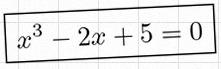
x^3-2x+5=0